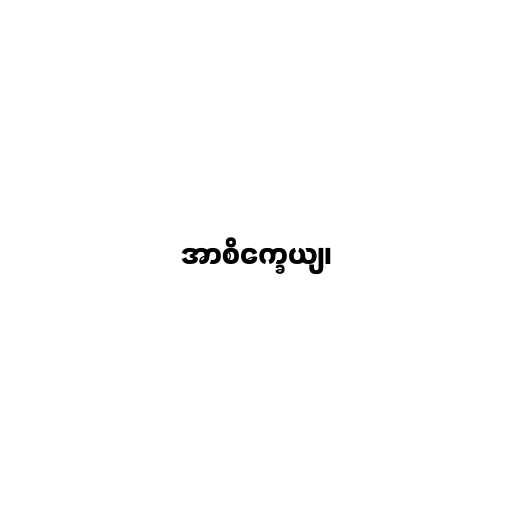
အာစိက္ခေယျ၊